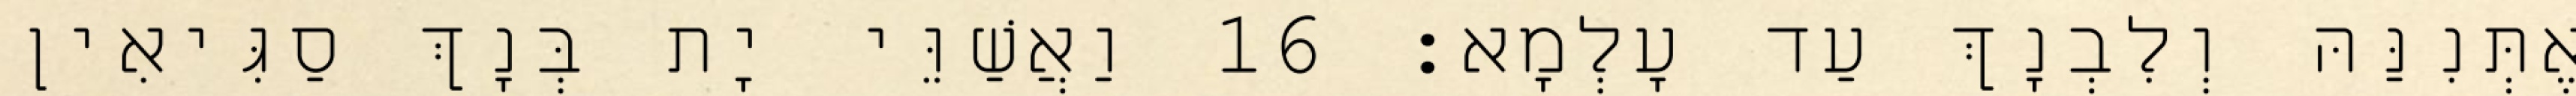
אֶתְּנִנַּהּ וְלִבְנָךְ עַד עָלְמָא׃ 16 וַאֲשַׁוֵּי יָת בְּנָךְ סַגִּיאִין